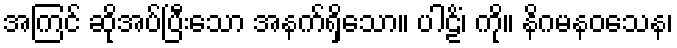
အကြင် ဆိုအပ်ပြီးသော အနက်ရှိသော။ ပါဠိံ၊ ကို။ နိဂမနဝသေန၊